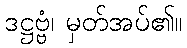
ဒဋ္ဌဗ္ဗံ၊ မှတ်အပ်၏။